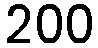
200